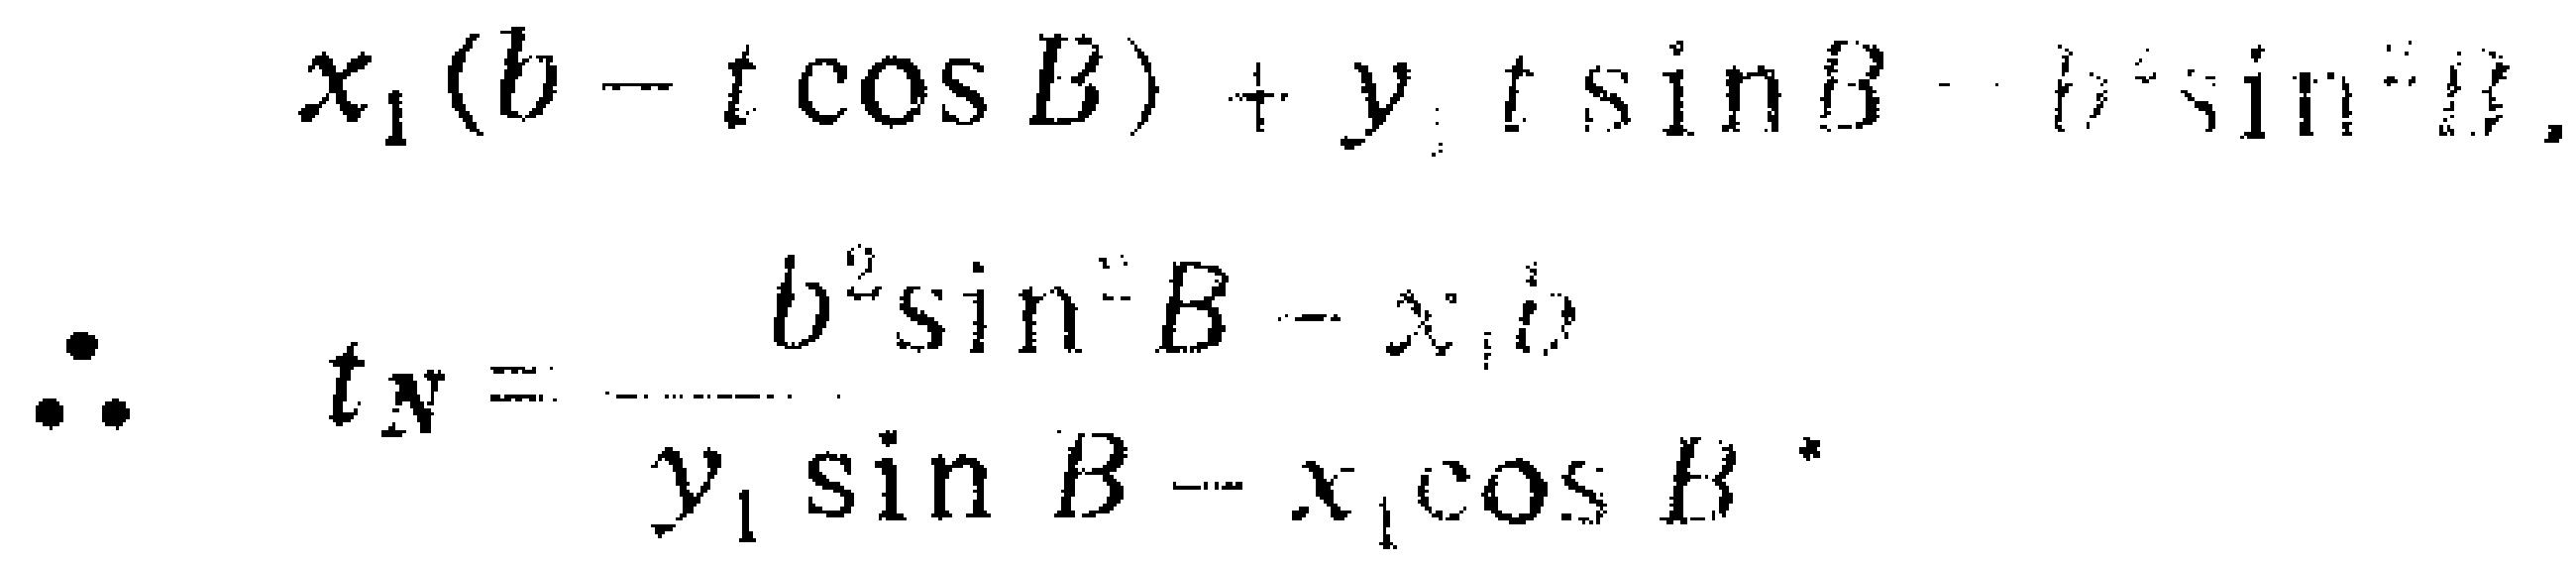
\[

\begin{align*}

x_{1}(b - t\cos B)+y_{1}t\sin B&=b^{2}\sin^{2}B\\

\therefore t_{N}&=\frac{b^{2}\sin^{2}B - x_{1}b}{y_{1}\sin B - x_{1}\cos B}

\end{align*}

\]